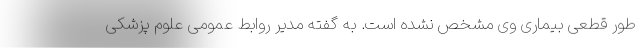
طور قطعی بیماری وی مشخص نشده است. به گفته مدیر روابط عمومی علوم پزشکی